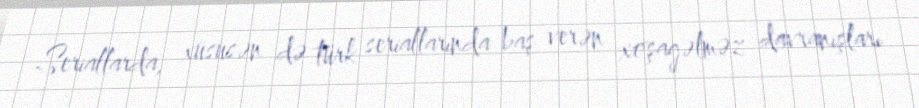
Seriallarda, xüsusən də türk seriallarında baş verən xoşagəlməz davranışları